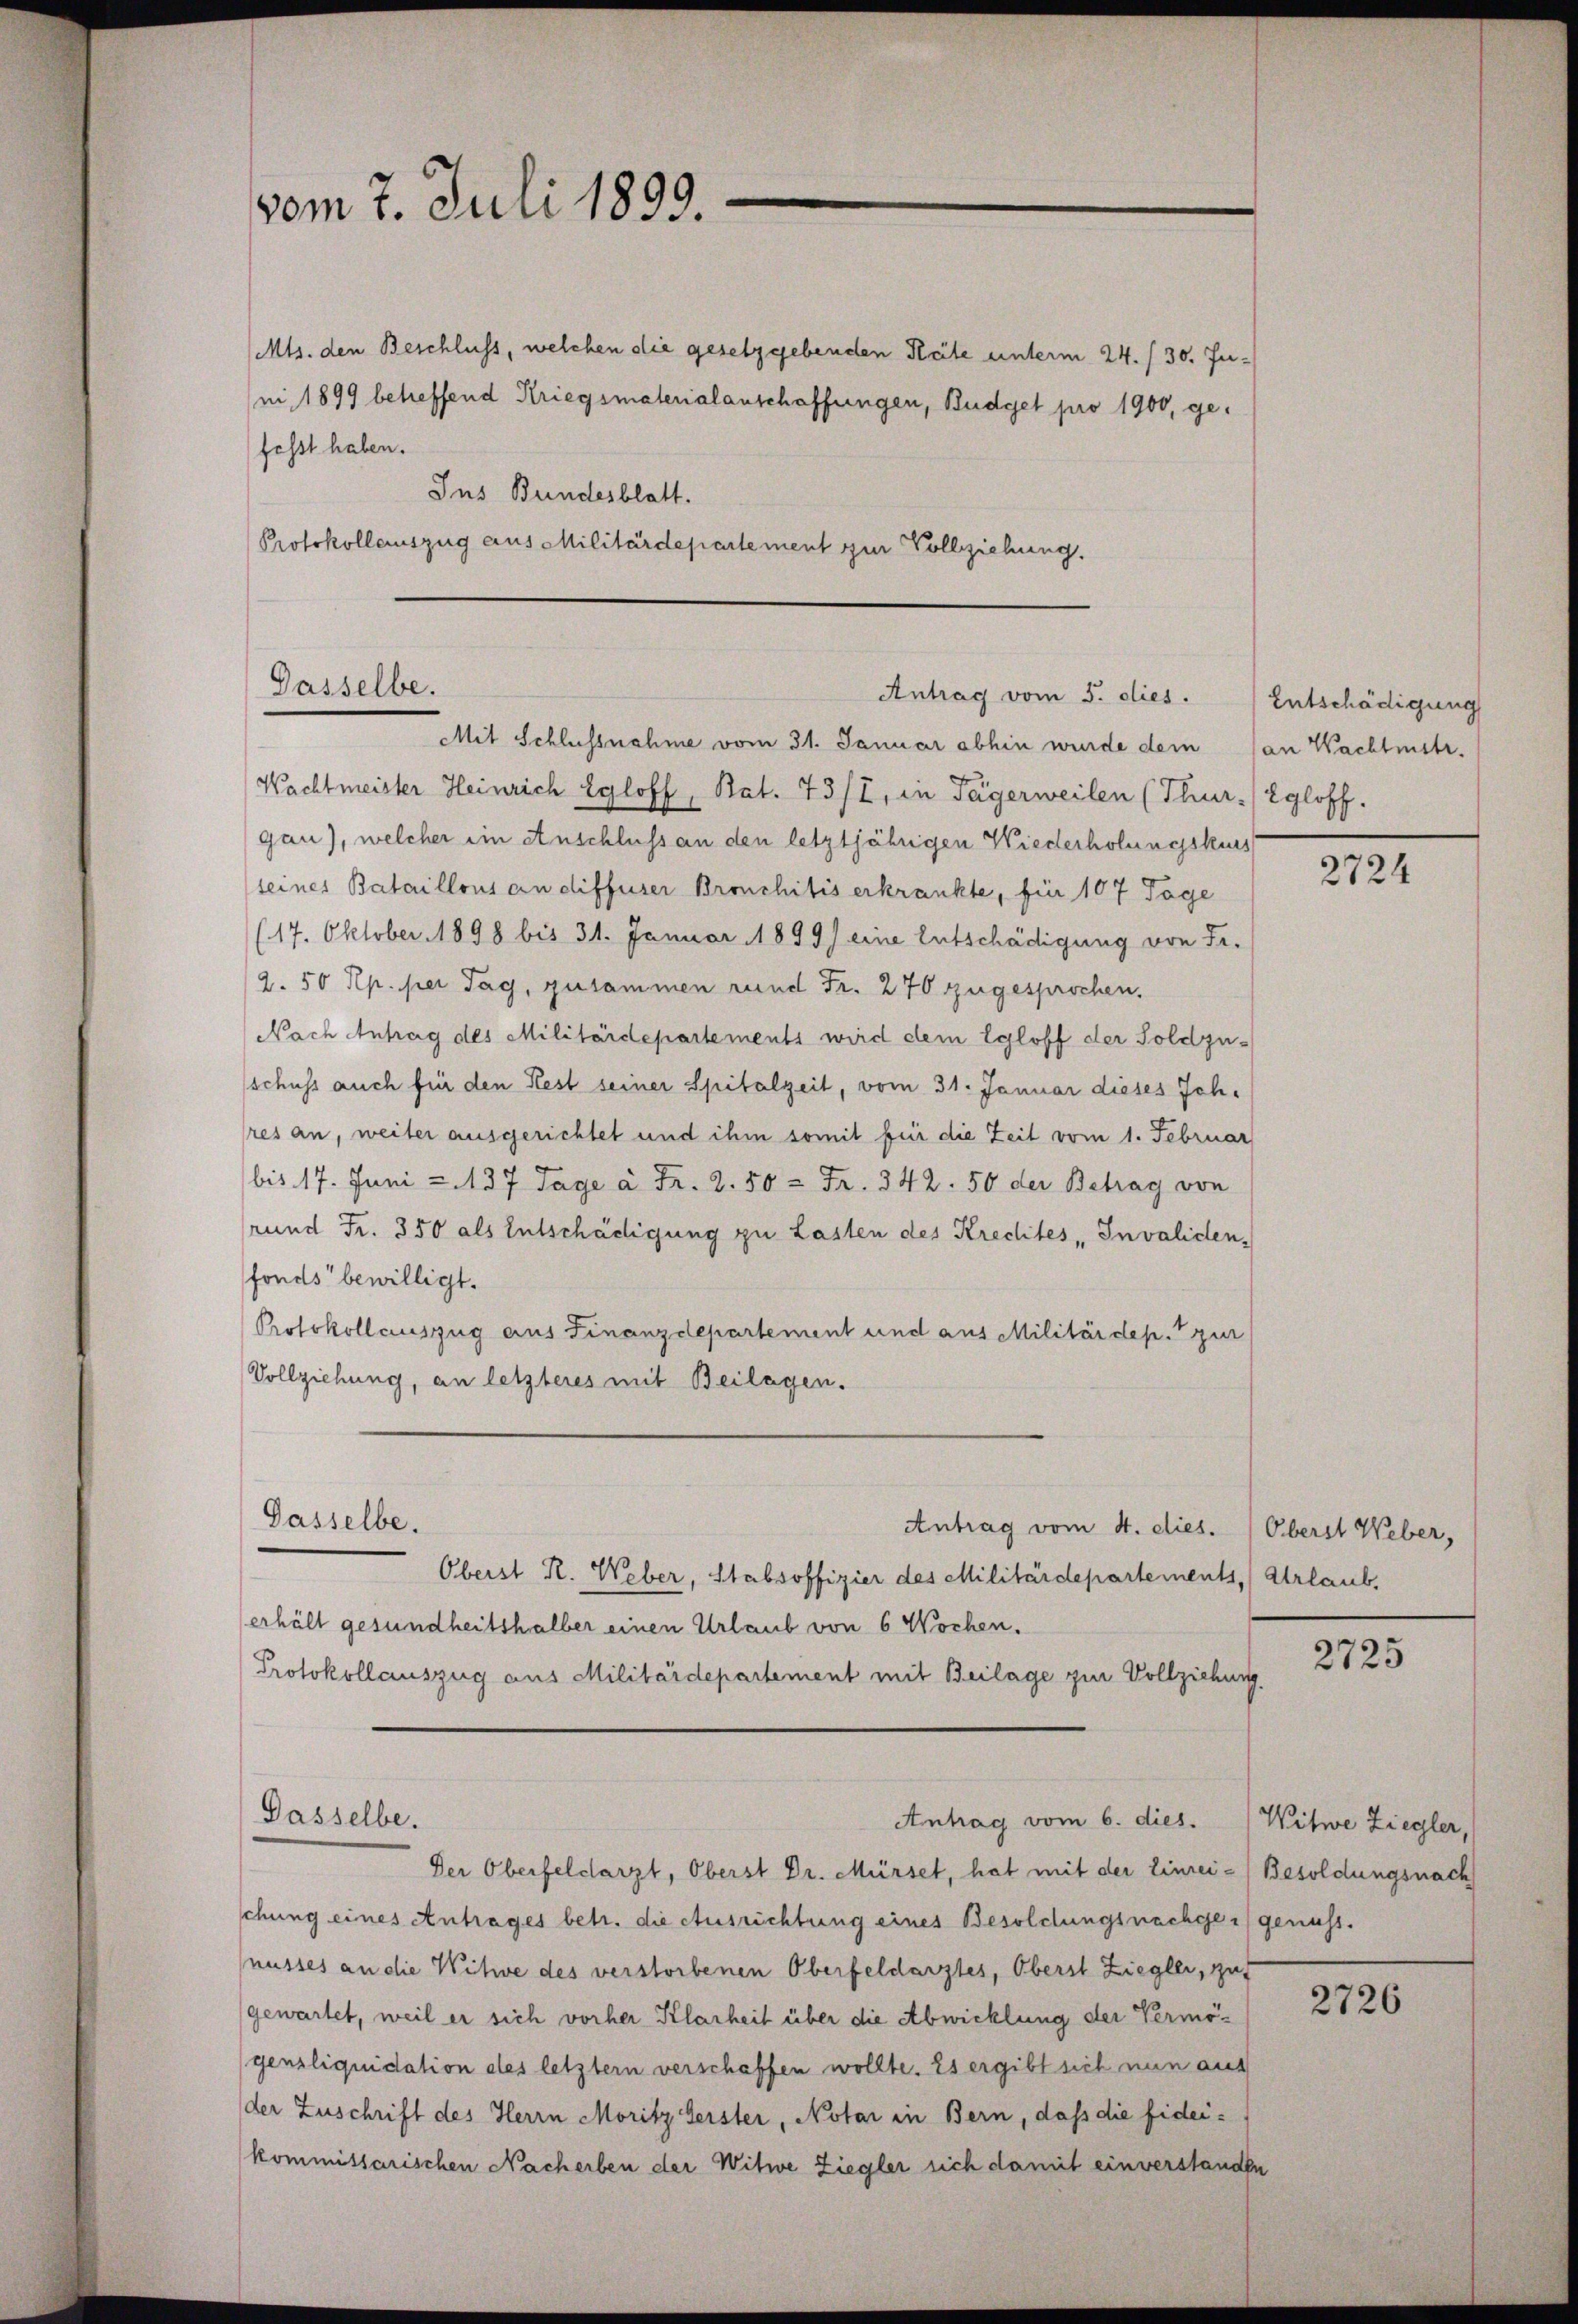
vom 7. Juli 1899.

Mts. den Beschluss, welchen die gesetzgebenden Räte unterm 24. / 30. Juni 1899 betreffend Kriegsmaterialanschaffungen, Budget pro 1900, gefesst haben.
Ins Bundesblatt.
Protokollauszug aus Militärdepartement zur Vollziehung.

Gasselbe.
Antrag vom 5. dies.

Mit Schlussnahme vom 31. Januar abhin wurde dem (an Wachtmstr.
Wachtmeister Heinrich Egloff, Rat. 73/I, in Tägerweilen (Thur-/ Egloff.
gan), welcher ein Anschluss an den letztjährigen Wiederholungskurs
seines Bataillons an diffuser Bronchitis erkrankte, für 107 Tage
(17. Oktober 1898 bis 31. Januar 1899) eine Entschädigung von Fr.
2. 50 Rp. per Tag, zusammen rund Fr. 270 zugesprochen.
Nach Antrag des Militärdepartements wird dem Egloff der Soldzu-
schuss auch für den Rest seiner Spitalzeit, vom 31. Januar dieses Ich.
res an, weiter ausgerichtet und ihm somit für die Zeit vom 1. Februar
bis 17. Juni 137 Tage à Fr. 2.50 = Fr. 342. 50 der Betrag von
rund Fr. 350 als Entschädigung zu Lasten des Krechtes Invaliden,
fonds bewilligt.
Protokollauszug aus Finanzdepartement und aus Militärdep. zur
Vollziehung, an letzteres mit Beilagen.
Gasselbe.
Antrag vom 4. dies.
Oberst R. Weber, Stabsoffizier des Militärdepartements, Urlaub,
erhält gesundheitshalber einen Urlaub von 6 Wochen.
Protokollauszug aus Militärdepartement mit Beilage zur Vollziehung.
Passelbe.
Antrag vom 6. dies. Witwe Ziegler,
Der Oberfeldarzt, Oberst Dr. Mürset, hat mit der Einrei- Besoldungsnach
chung eines Antrages betr. die Ausrichtung eines Besoldungsnachger) genuss.
nusses an die Witwe des verstorbenen Oberfeldarztes, Oberst Ziegler, gut
gewartet, weil er sich vorher Klarheit über die Abwicklung der Vermögensliquidation des letzter verschaffen wollte. Es ergibt sich nun aus
der Zuschrift des Herrn Moritz Geister, Notar in Bern, daß die fideikommissarischen Nacherben der Witwe Ziegler sich damit einverstanden

Entschädigung

2724

Oberst Weber,

2725

2726